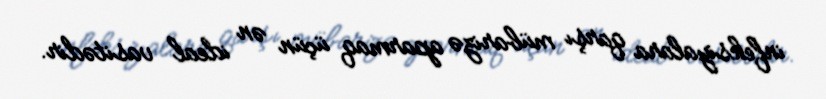
infeksiyalara qarşı mübarizə aparmaq üçün ən ideal vasitədir.